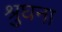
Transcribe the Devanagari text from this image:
श्रुघना